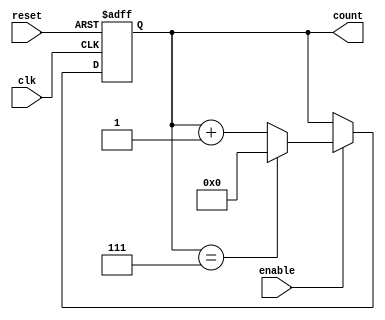
module async_counter #(
    parameter N = 8 // Maximum count value (N-1)
)(
    input wire clk,          // Clock input
    input wire reset,        // Asynchronous reset
    input wire enable,       // Enable input
    output reg [N-1:0] count // Counter output
);

// Asynchronous reset and counting logic
always @(posedge clk or posedge reset) begin
    if (reset) begin
        count <= 0; // Reset counter to 0
    end else if (enable) begin
        if (count == (N-1)) begin
            count <= 0; // Wrap around to 0
        end else begin
            count <= count + 1; // Increment counter
        end
    end
end

endmodule